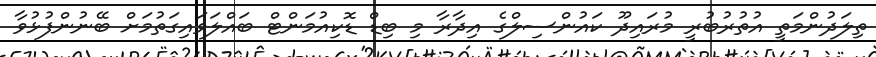
ތިލަދުންމަތީ އުތުރުބުރީ މުރައިދޫ ކައުންސިލްގެ އިދާރާ މި ބިޑް ޑޮކިއުމަންޓް ބައްލަވައިގަތުމަށް ބޭނުންފުޅުވާ